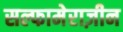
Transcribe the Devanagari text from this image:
सल्फामेराज़ीन